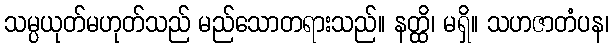
သမ္ပယုတ်မဟုတ်သည် မည်သောတရားသည်။ နတ္ထိ၊ မရှိ။ သဟဇာတံပန၊